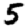
Digit: 5